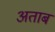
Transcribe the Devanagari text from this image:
अताब